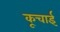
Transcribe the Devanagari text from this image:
कूचाई